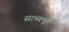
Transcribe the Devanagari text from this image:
साध्यभूत